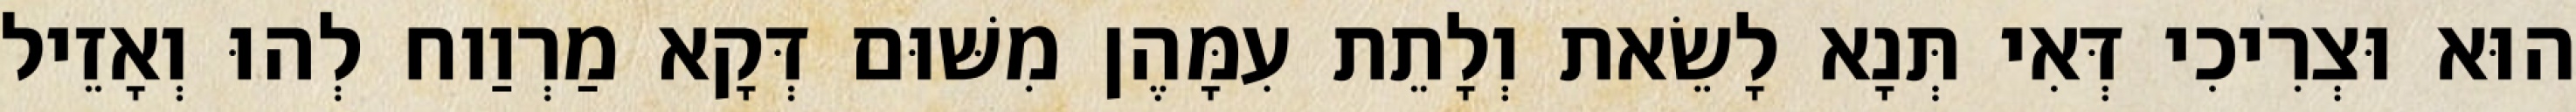
הוּא וּצְרִיכִי דְּאִי תְּנָא לָשֵׂאת וְלָתֵת עִמָּהֶן מִשּׁוּם דְּקָא מַרְוַוח לְהוּ וְאָזֵיל